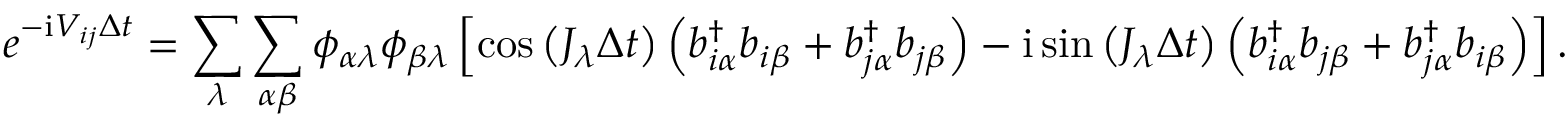
e ^ { - \ensuremath { \mathrm { i } } V _ { i j } \Delta t } = \sum _ { \lambda } \sum _ { \alpha \beta } \phi _ { \alpha \lambda } \phi _ { \beta \lambda } \left[ \cos \left( J _ { \lambda } \Delta t \right) \left( b _ { i \alpha } ^ { \dagger } b _ { i \beta } + b _ { j \alpha } ^ { \dagger } b _ { j \beta } \right) - \ensuremath { \mathrm { i } } \sin \left( J _ { \lambda } \Delta t \right) \left( b _ { i \alpha } ^ { \dagger } b _ { j \beta } + b _ { j \alpha } ^ { \dagger } b _ { i \beta } \right) \right] .